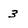
Character: 3